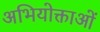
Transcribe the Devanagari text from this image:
अभियोक्ताओं